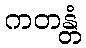
ကတန္တံ